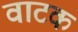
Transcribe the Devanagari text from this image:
वाटक